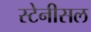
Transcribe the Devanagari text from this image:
स्टेनीसल